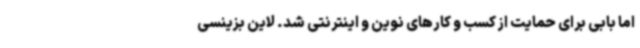
اما بابی برای حمایت از کسب و کارهای نوین و اینترنتی شد. لاین بزینسی